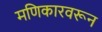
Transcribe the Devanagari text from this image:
मणिकारवरून